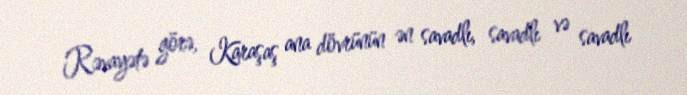
Rəvayətə görə, Karaşaş ana dövrünün ən savadlı, savadlı və savadlı